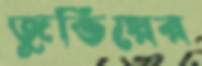
জুভিয়ের